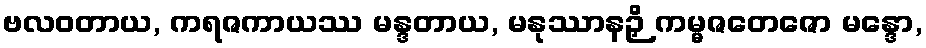
ဗလဝတာယ, ကရဇကာယဿ မန္ဒတာယ, မနုဿာနဉှိ ကမ္မဇတေဇော မန္ဒော,